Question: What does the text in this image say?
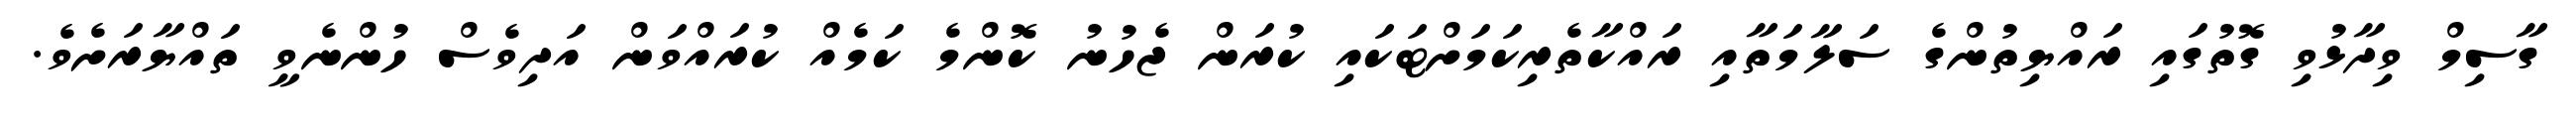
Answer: ގާސިމް ވިދާޅުވި ގޮތުގައި ރައްޔިތުންގެ ސަލާމަތާއި ރައްކާތެރިކަމަށްޓަކައި ކުރަން ޖެހުނު ކޮންމެ ކަމެއް ކުރައްވަން އަދިވެސް ހުންނެވީ ތައްޔާރަށެވެ.